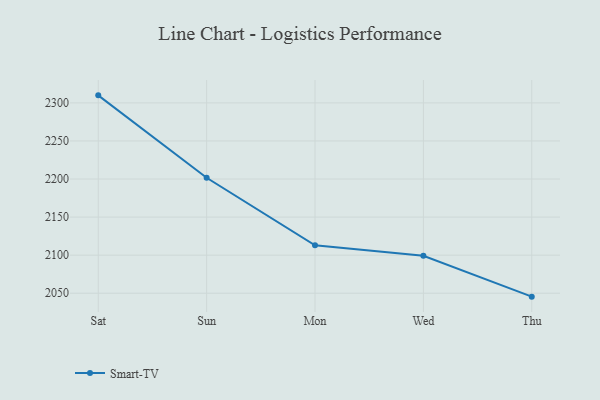
{"axis": {"x": "Day", "y": "Satisfaction Score"}, "legend": ["Smart-TV"], "data": [{"x": "Sat", "y": 2309.9, "type": "Smart-TV"}, {"x": "Sun", "y": 2201.6, "type": "Smart-TV"}, {"x": "Mon", "y": 2112.9, "type": "Smart-TV"}, {"x": "Wed", "y": 2099.3, "type": "Smart-TV"}, {"x": "Thu", "y": 2045.5, "type": "Smart-TV"}]}